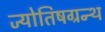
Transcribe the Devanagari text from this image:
ज्योतिषग्रन्थ